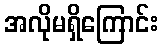
အလိုမရှိကြောင်း